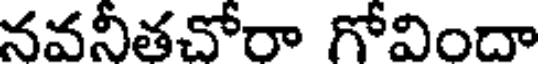
నవనీతచోరా గోవిందా